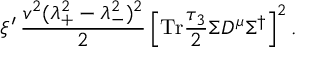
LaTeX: \xi ^ { \prime } \, { \frac { v ^ { 2 } ( \lambda _ { + } ^ { 2 } - \lambda _ { - } ^ { 2 } ) ^ { 2 } } { 2 } } \left[ \mathrm { T r } { \frac { \tau _ { 3 } } { 2 } } \Sigma D ^ { \mu } \Sigma ^ { \dagger } \right] ^ { 2 } .